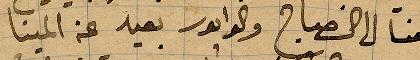
فقمنا الى الصباح وكوانور بعيد عن المينا